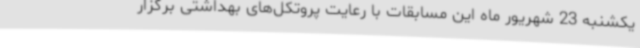
یکشنبه 23 شهریور ماه این مسابقات با رعایت پروتکل‌های بهداشتی برگزار